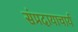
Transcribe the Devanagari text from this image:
संप्रदायाचार्य